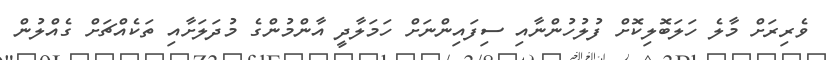
ވެރިރަށް މާލެ ހަލަބޮލިކޮށް ފުލުހުންނާއި ސިފައިންނަށް ހަމަލާދީ އާންމުންގެ މުދަލަށާއި ތަކެއްޗަށް ގެއްލުން